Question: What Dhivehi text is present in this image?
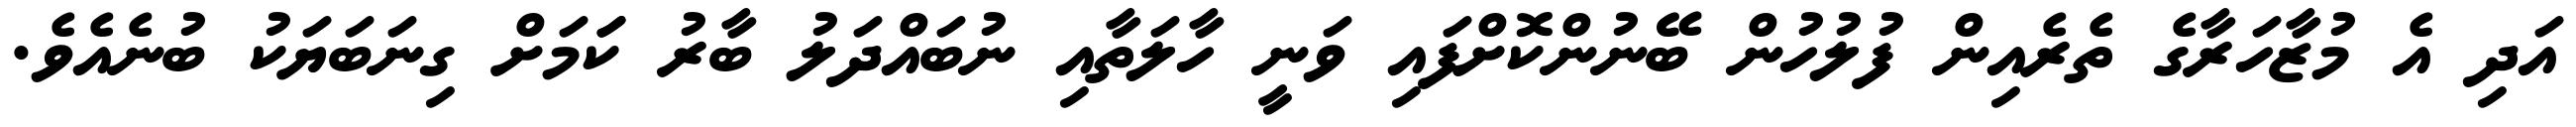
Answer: އަދި އެ މުޒާހަރާގެ ތެރެއިން ފުލުހުން ބޭނުންކޮށްފައި ވަނީ ހާލަތާއި ނުބައްދަލު ބާރު ކަަމަށް ގިނަބަޔަކު ބުނެއެވެ.